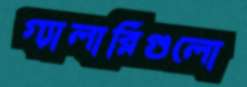
গ্যালারিগুলো